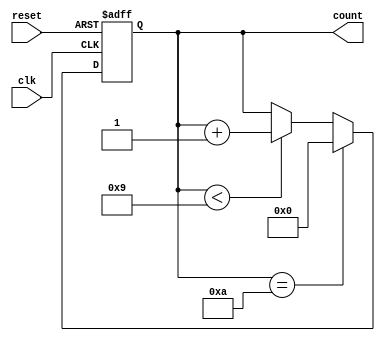
module bcd_counter (
    input clk,               // Clock input
    input reset,             // Asynchronous reset input
    output reg [3:0] count   // 4-bit output for BCD count (D3, D2, D1, D0)
);

// Internal logic to determine when to reset the counter
wire bcd_reset; // Reset signal when count reaches 10

// Generate the reset condition (when count is 1010 in binary)
assign bcd_reset = (count == 4'b1010);

// Asynchronous reset and counting logic
always @(posedge clk or posedge reset) begin
    if (reset) begin
        count <= 4'b0000;  // Asynchronously reset the counter to 0
    end else if (bcd_reset) begin
        count <= 4'b0000;  // Reset counter to 0 when it reaches 10
    end else begin
        // Increment the counter in BCD
        if (count < 4'b1001) begin
            count <= count + 1; // Increment count
        end
        // No else needed, since we handle the reset case above
    end
end

endmodule